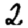
Digit: 2